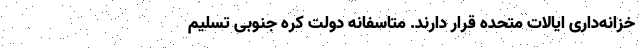
خزانه‌داری ایالات متحده قرار دارند. متاسفانه دولت کره جنوبی تسلیم